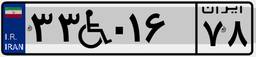
۳۳W۰۱۶۷۸